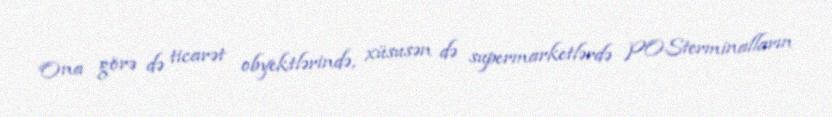
Ona görə də ticarət obyektlərində, xüsusən də supermarketlərdə POSterminalların